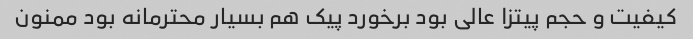
کیفیت و حجم پیتزا عالی بود برخورد پیک هم بسیار محترمانه بود ممنون